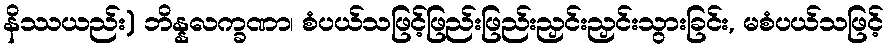
နိဿယည်း) ဘိန္နလက္ခဏာ၊ စံပယ်သဖြင့်ဖြည်းဖြည်းညှင်းညှင်းသွားခြင်း, မစံပယ်သဖြင့်